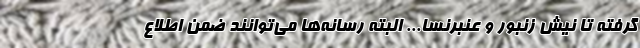
گرفته تا نیش زنبور و عنبرنسا... البته رسانه‌ها می‌توانند ضمن اطلاع